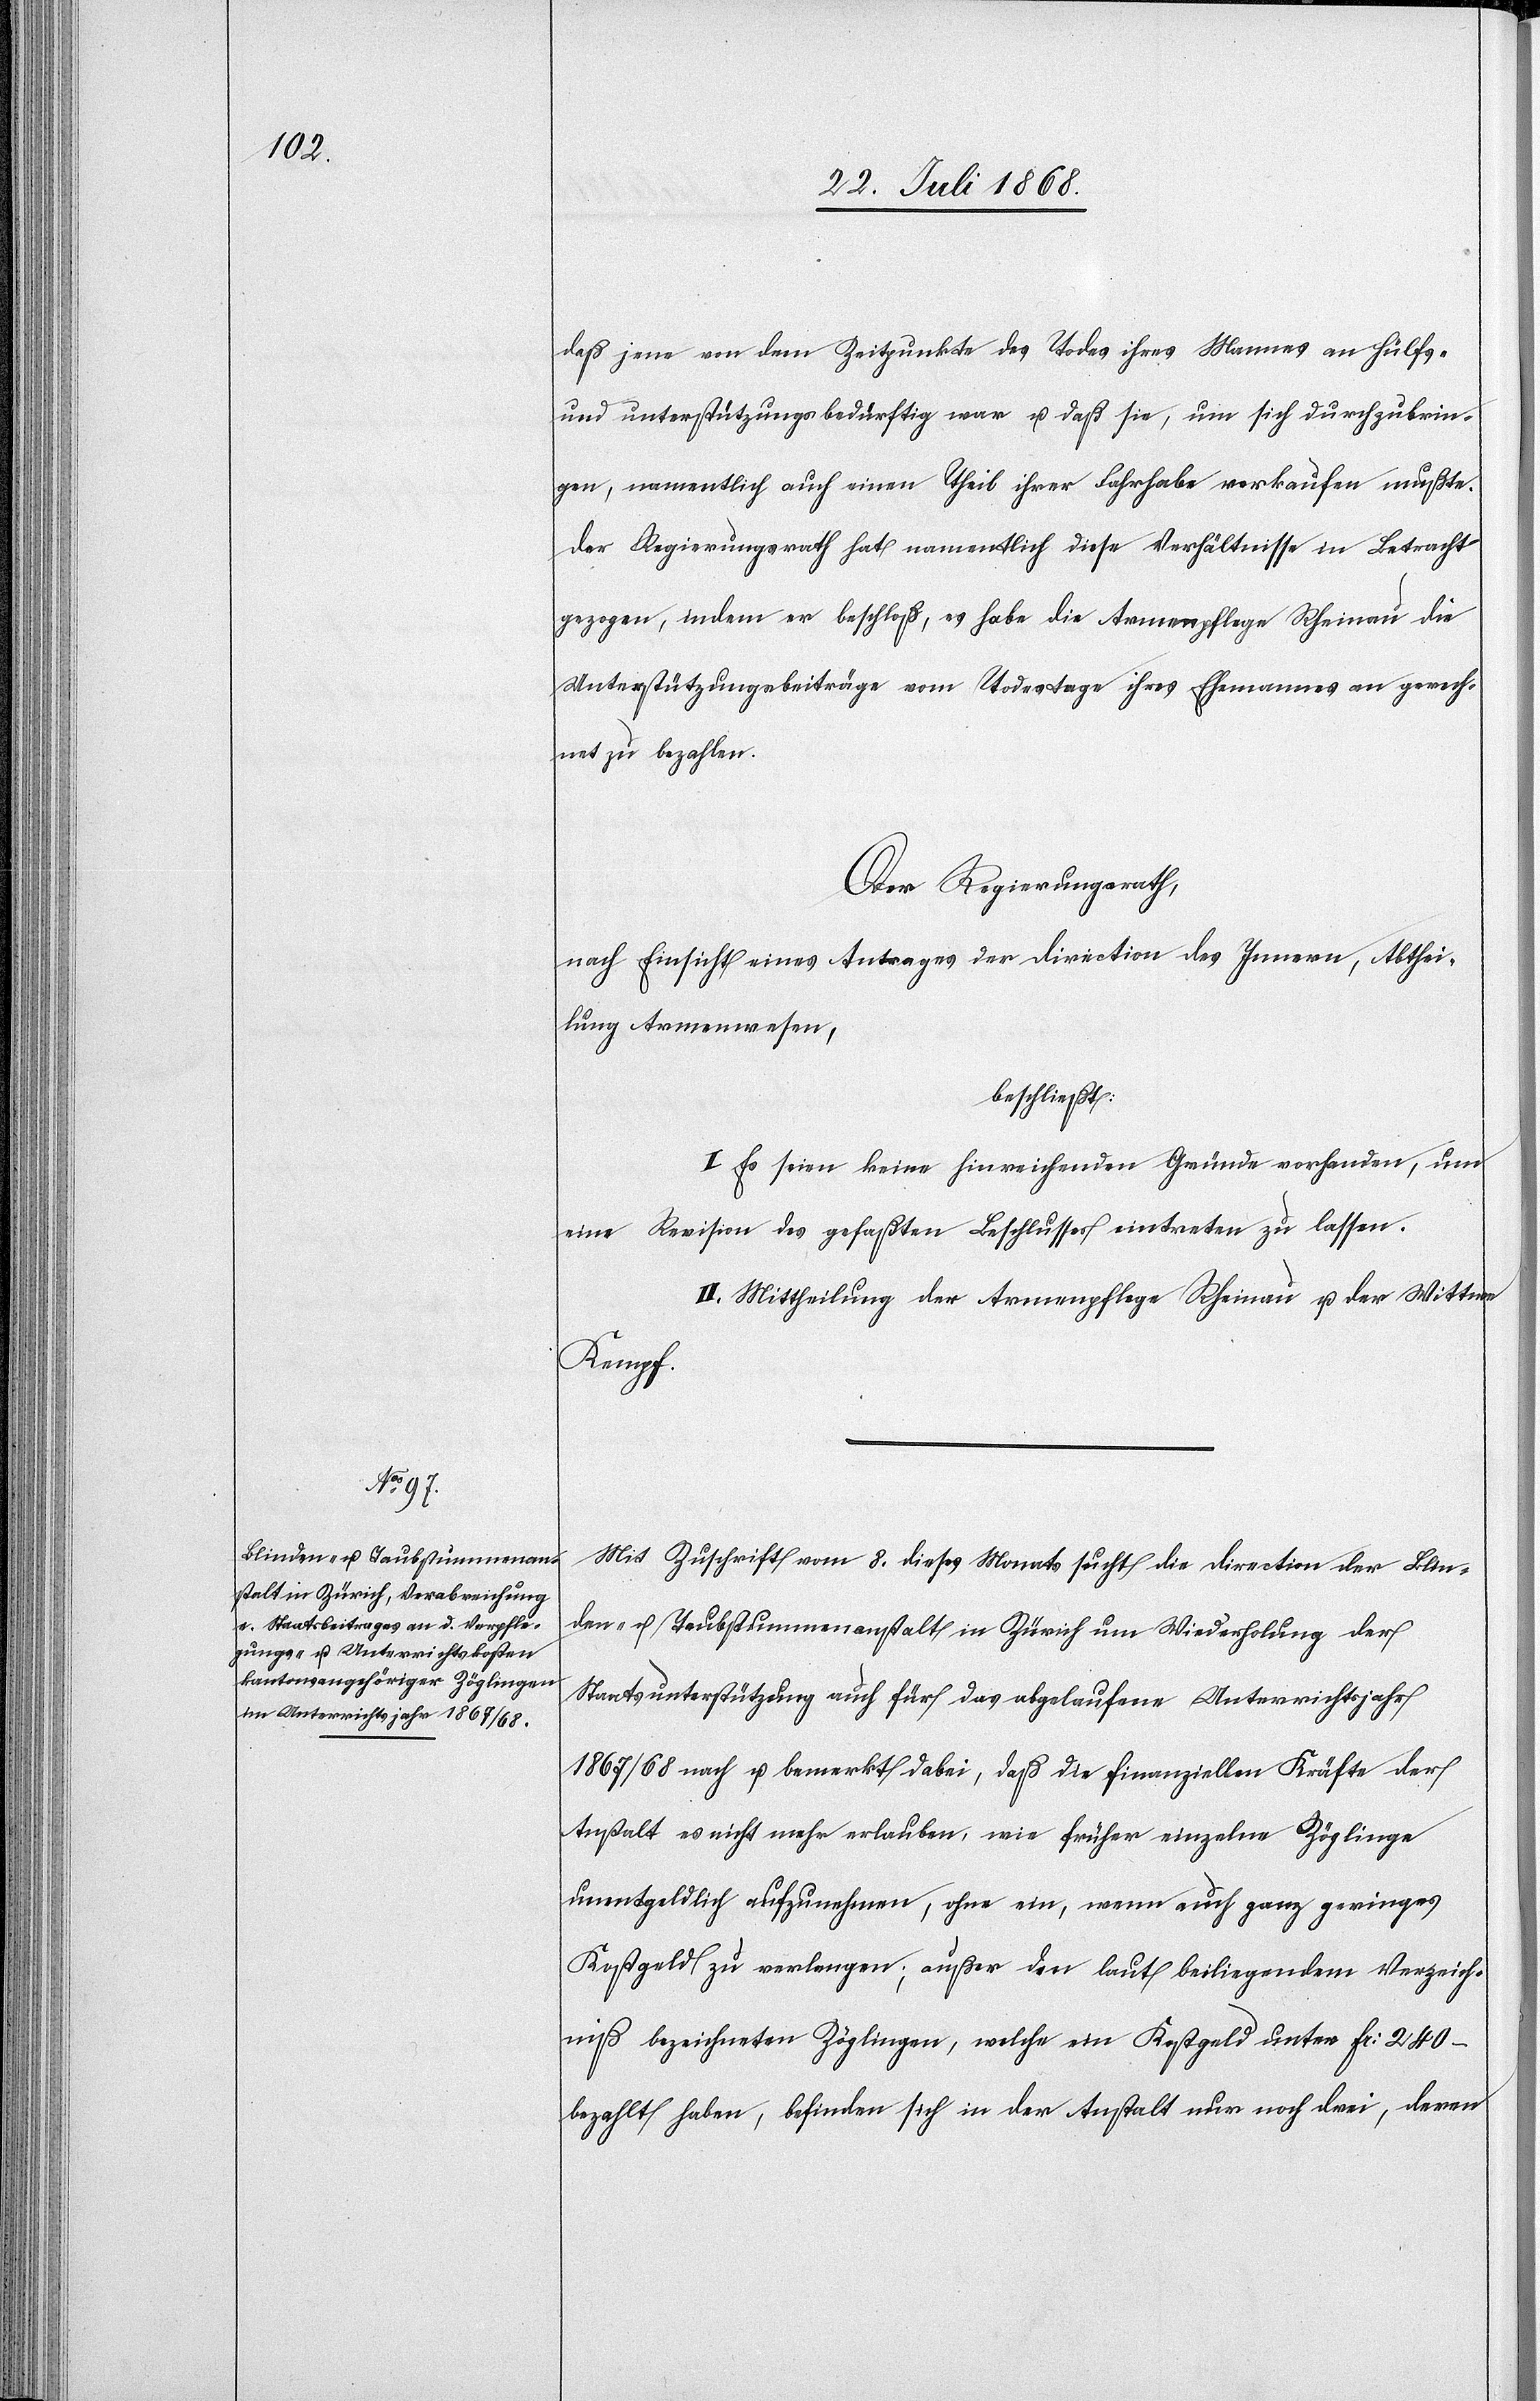
daß jene von dem Zeitpunkte des Todes ihres Mannes an hülfs-
und unterstützungsbedürftig war u. daß sie, um sich durchzubrin¬
gen, namentlich auch einen Theil ihrer Fahrhabe verkaufen mußte.
Der Regierungsrath hat namentlich diese Verhältnisse in Betracht
gezogen, indem er beschloß, es habe die Armenpflege Rheinau die
Unterstützungsbeiträge vom Todestage ihres Ehemannes an gerech¬
net zu bezahlen.
Der Regierungsrath,
nach Einsicht eines Antrages der Direction des Innern, Abthei¬
lung Armenwesen,
beschließt:
I. Es seien keine hinreichenden Gründe vorhanden, um
eine Revision des gefaßten Beschlusses eintreten zu lassen.
II. Mittheilung der Armenpflege Rheinau u. der Wittwe
Kempf.
Mit Zuschrift vom 8. dieses Monats sucht die Direction der Blin¬
den- u. Taubstummenanstalt in Zürich um Wiederholung der
Staatsunterstützung auch für das abgelaufene Unterrichtsjahr
1867/68 nach u. bemerkt dabei, daß die finanziellen Kräfte der
Anstalt es nicht mehr erlauben, wie früher einzelne Zöglinge
unentgeldlich aufzunehmen, ohne ein, wenn auch ganz geringes
Kostgeld zu verlangen; außer den laut beiliegendem Verzeich¬
niß bezeichneten Zöglingen, welche ein Kostgeld unter Fr: 240 –
bezahlt haben, befinden sich in der Anstalt nur noch drei, deren